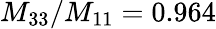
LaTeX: M_{33}/M_{11}=0.964